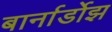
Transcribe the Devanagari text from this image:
बार्नार्डोझ